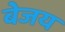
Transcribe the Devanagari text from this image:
बेजय